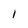
Character: I